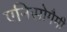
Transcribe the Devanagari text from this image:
एनिसोगैमी